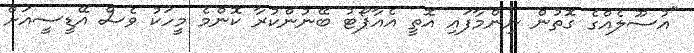
"އުސޫލެއްގެ ގޮތުން ނިންމާފައި އޮތީ އެއާޕޯޓު ބޭނުންކުރާ ކޮންމެ މީހަކު ވެސް އޭޑީސީއަށް